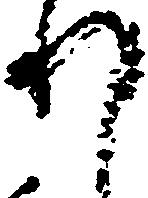
れ